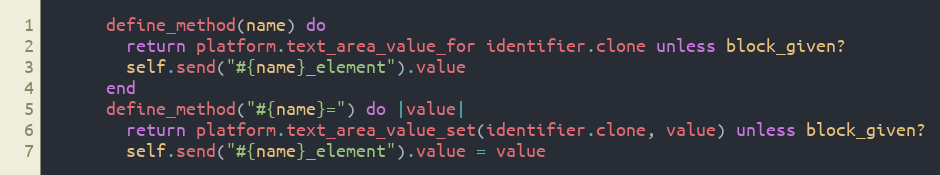
Language: Ruby
      define_method(name) do
        return platform.text_area_value_for identifier.clone unless block_given?
        self.send("#{name}_element").value
      end
      define_method("#{name}=") do |value|
        return platform.text_area_value_set(identifier.clone, value) unless block_given?
        self.send("#{name}_element").value = value